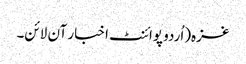
غزہ(اُردو پوائنٹ اخبار آن لائن۔